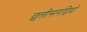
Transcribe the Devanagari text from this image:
छत्तीसगढ़ियों